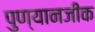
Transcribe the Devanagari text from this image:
पुण्यानजीक